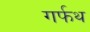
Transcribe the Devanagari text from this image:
गर्फथ